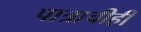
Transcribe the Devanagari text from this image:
पात्राचीही